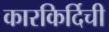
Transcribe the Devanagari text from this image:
कारकिर्दिची